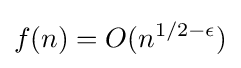
f(n)=O(n^{1/2-\epsilon })